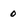
Character: 0